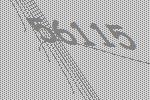
56115